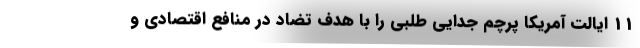
11 ایالت آمریکا پرچم جدایی طلبی را با هدف تضاد در منافع اقتصادی و